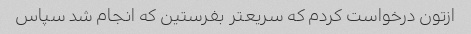
ازتون درخواست کردم که سریعتر بفرستین که انجام شد سپاس